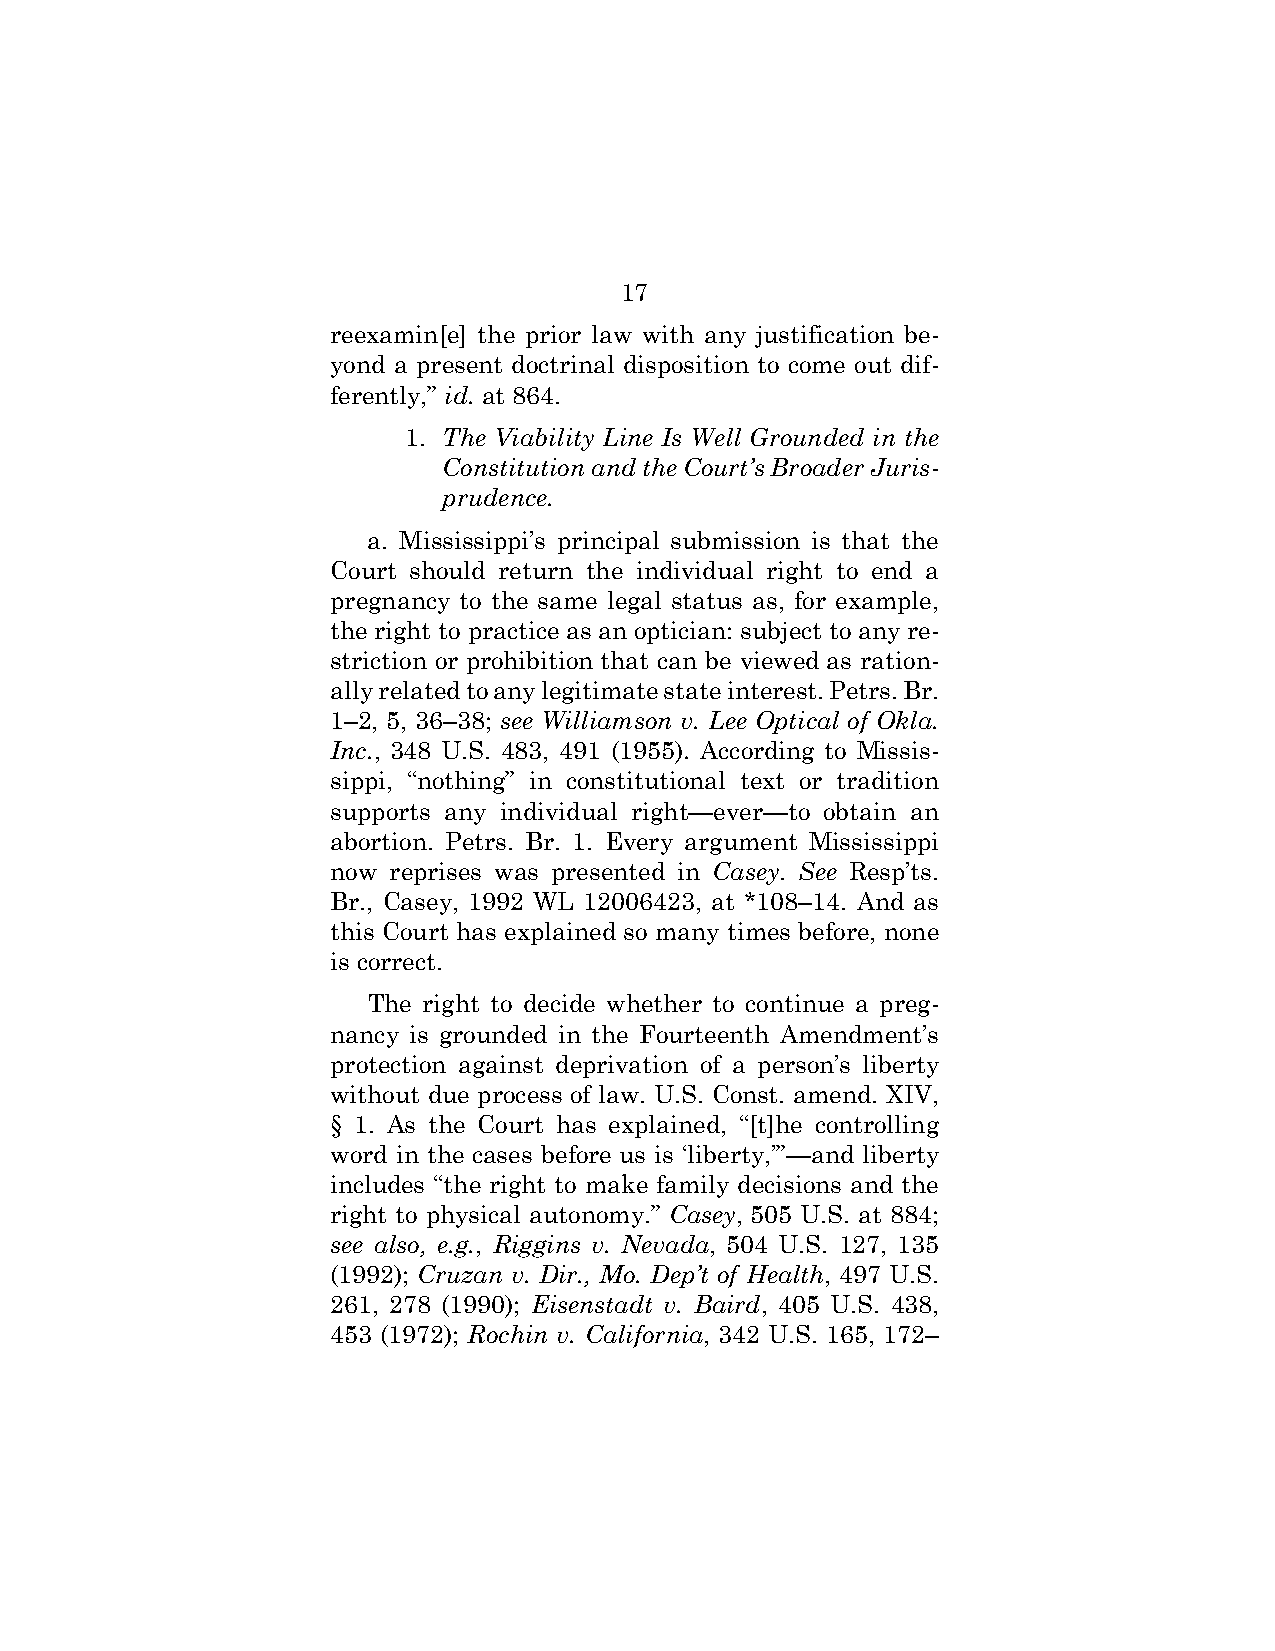
17
 reexamin[e] the prior law with any justification be-
 yond a present doctrinal disposition to come out dif-
 ferently,” id. at 864.
 1. The Viability Line Is Well Grounded in the
 Constitution and the Court’s Broader Juris-
 prudence.
 a. Mississippi’s principal submission is that the
 Court should return the individual right to end a
 pregnancy to the same legal status as, for example,
 the right to practice as an optician: subject to any re-
 striction or prohibition that can be viewed as ration-
 ally related to any legitimate state interest. Petrs. Br.
 1–2, 5, 36–38; see Williamson v. Lee Optical of Okla.
 Inc., 348 U.S. 483, 491 (1955). According to Missis-
 sippi, “nothing” in constitutional text or tradition
 supports any individual right—ever—to obtain an
 abortion. Petrs. Br. 1. Every argument Mississippi
 now reprises was presented in Casey. See Resp’ts.
 Br., Casey, 1992 WL 12006423, at *108–14. And as
 this Court has explained so many times before, none
 is correct.
 The right to decide whether to continue a preg-
 nancy is grounded in the Fourteenth Amendment’s
 protection against deprivation of a person’s liberty
 without due process of law. U.S. Const. amend. XIV,
 § 1. As the Court has explained, “[t]he controlling
 word in the cases before us is ‘liberty,’”—and liberty
 includes “the right to make family decisions and the
 right to physical autonomy.” Casey, 505 U.S. at 884;
 see also, e.g., Riggins v. Nevada, 504 U.S. 127, 135
 (1992); Cruzan v. Dir., Mo. Dep’t of Health, 497 U.S.
 261, 278 (1990); Eisenstadt v. Baird, 405 U.S. 438,
 453 (1972); Rochin v. California, 342 U.S. 165, 172–